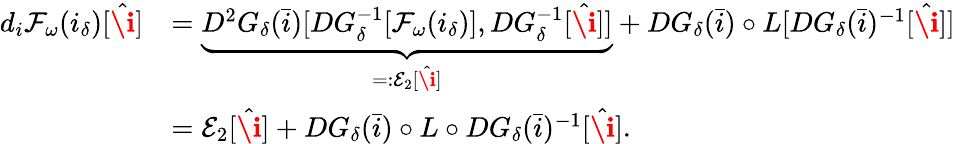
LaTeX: \begin{array}{rl}{d_{i}\mathcal{F}_{\omega}(i_{\delta})[\hat{\textbf{\i}}]}&{=\underbrace{D^{2}G_{\delta}(\bar{i})[DG_{\delta}^{-1}[\mathcal{F}_{\omega}(i_{\delta})],DG_{\delta}^{-1}[\hat{\textbf{\i}}]]}_{=:\mathcal{E}_{2}[\hat{\textbf{\i}}]}+DG_{\delta}(\bar{i})\circ L[DG_{\delta}(\bar{i})^{-1}[\hat{\textbf{\i}}]]}\\ &{=\mathcal{E}_{2}[\hat{\textbf{\i}}]+DG_{\delta}(\bar{i})\circ L\circ D{G}_{\delta}(\bar{i})^{-1}[\hat{\textbf{\i}}].}\end{array}